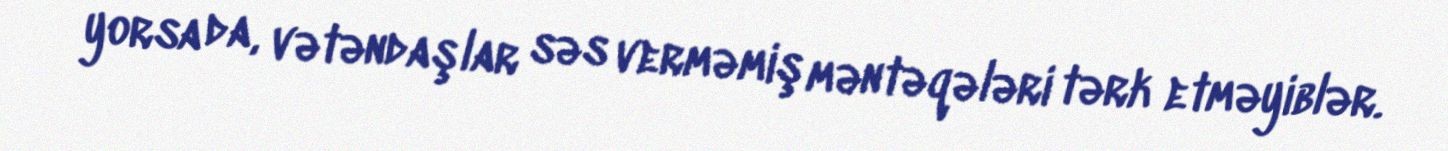
yorsa da, vətəndaşlar səs verməmiş məntəqələri tərk etməyiblər.